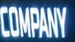
COMPANY